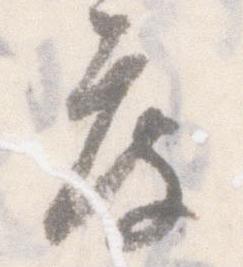
度